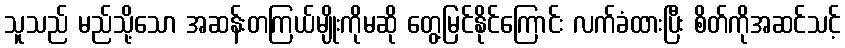
သူသည် မည်သို့သော အဆန်းတကြယ်မျိုးကိုမဆို တွေ့မြင်နိုင်ကြောင်း လက်ခံထားပြီး စိတ်ကိုအဆင်သင့်